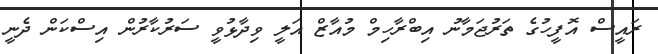
ރައީސް އޮފީހުގެ ތަރުޖަމާނު އިބްރާހިމް މުއާޒް އަލީ ވިދާޅުވީ ސަރުކާރުން އިސްކަން ދެނީ